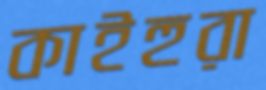
কাইহুরা